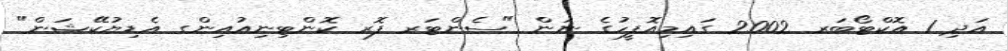
އަދި 1 އޮކްޓޯބަރ 2002 ގައިމިއޮފީހުގެ ނަން "ސެންޓަރ ފޮރ ކޮންޓިނިއުއިންގ އެޑިޔުކޭޝަން"